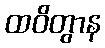
ထဝိတွာန